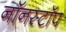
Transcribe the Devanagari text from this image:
नॉनस्‍टॉप